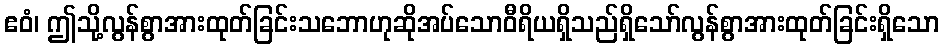
ဧဝံ၊ ဤသို့လွန်စွာအားထုတ်ခြင်းသဘောဟုဆိုအပ်သောဝီရိယရှိသည်ရှိသော်လွန်စွာအားထုတ်ခြင်းရှိသော